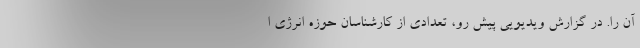
آن را. در گزارش ویدیویی پیش‌ رو، تعدادی از کارشناسان حوزه انرژی ا